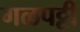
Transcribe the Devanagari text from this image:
गळपट्टी